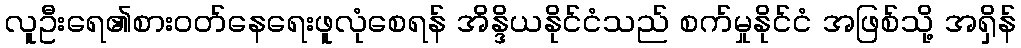
လူဦးရေ၏စားဝတ်နေရေးဖူလုံစေရန် အိန္ဒိယနိုင်ငံသည် စက်မှုနိုင်ငံ အဖြစ်သို့ အရှိန်